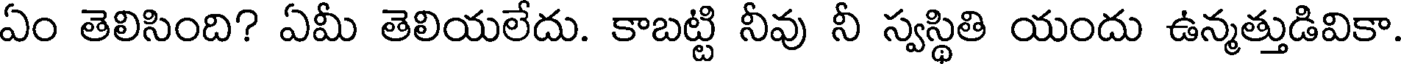
ఏం తెలిసింది? ఏమీ తెలియలేదు. కాబట్టి నీవు నీ స్వస్థితి యందు ఉన్మత్తుడివికా